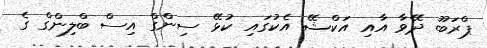
ޕްރަބޫ ދޭވާ އާއި އަކްޝޭ އެކުގައި ކުޅޭ ސިންގް އިސް ބްލިންގް ގެ